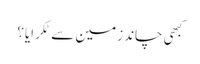
کبھی چاند زمین سے ٹکرایا؟